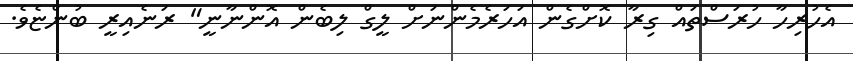
އެހުރިހާ ހުރަސްތައް ގިރާ ކޮށްގެން އަހަރެމެންނަށް ލީގް ލިބެން އޮންނާނީ" ރަނެއިރީ ބުންޏެވެ.